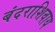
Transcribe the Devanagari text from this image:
बंदराशिवाय